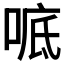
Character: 𫪭